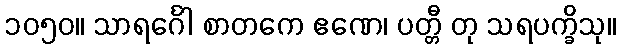
၁၀၅၀။ သာရင်္ဂေါ စာတကေ ဧဏေ၊ ပတ္တီ တု သရပက္ခိသု။